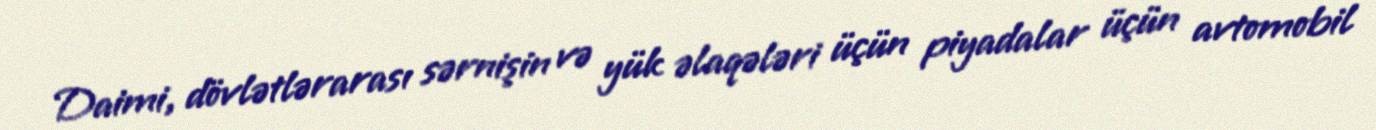
Daimi, dövlətlərarası sərnişin və yük əlaqələri üçün piyadalar üçün avtomobil